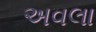
અવલા